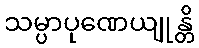
သမ္ပာပုဏေယျုန္တိ